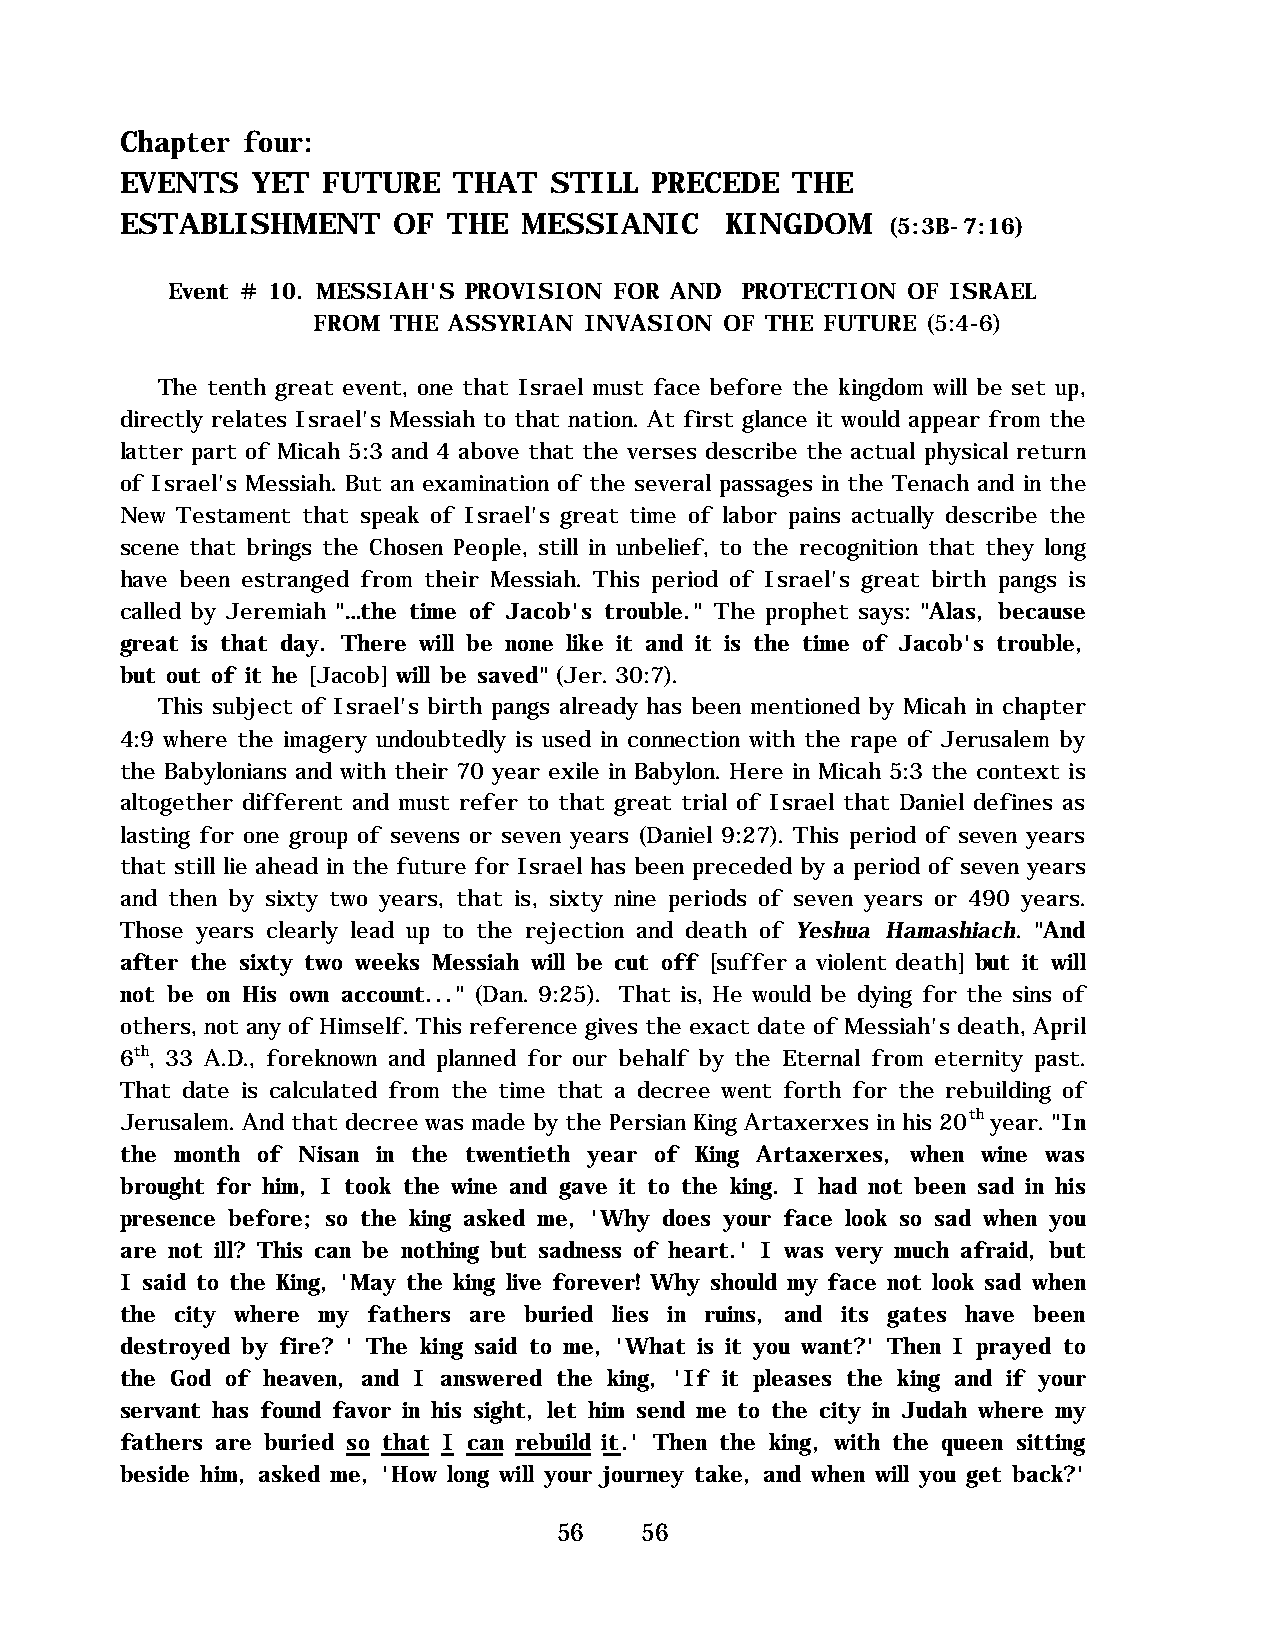
Chapter four:
 EVENTS   YET FUTURE   THAT  STILL  PRECEDE  THE
 ESTABLISHMENT     OF  THE MESSIANIC     KINGDOM    (5:3B-7:16)
 Event # 10. MESSIAH'S PROVISION FOR AND PROTECTION OF ISRAEL
 FROM THE ASSYRIAN INVASION OF THE FUTURE (5:4-6)
 The tenth great event, one that Israel must face before the kingdom will be set up,
 directly relates Israel's Messiah to that nation. At first glance it would appear from the
 latter part of Micah 5:3 and 4 above that the verses describe the actual physical return
 of Israel's Messiah. But an examination of the several passages in the Tenach and in the
 New Testament that speak of Israel's great time of labor pains actually describe the
 scene that brings the Chosen People, still in unbelief, to the recognition that they long
 have been estranged from their Messiah. This period of Israel's great birth pangs is
 called by Jeremiah "…the time of Jacob's trouble." The prophet says: "Alas, because
 great is that day. There will be none like it and it is the time of Jacob's trouble,
 but out of it he [Jacob] will be saved" (Jer. 30:7).
 This subject of Israel's birth pangs already has been mentioned by Micah in chapter
 4:9 where the imagery undoubtedly is used in connection with the rape of Jerusalem by
 the Babylonians and with their 70 year exile in Babylon. Here in Micah 5:3 the context is
 altogether different and must refer to that great trial of Israel that Daniel defines as
 lasting for one group of sevens or seven years (Daniel 9:27). This period of seven years
 that still lie ahead in the future for Israel has been preceded by a period of seven years
 and then by sixty two years, that is, sixty nine periods of seven years or 490 years.
 Those years clearly lead up to the rejection and death of Yeshua Hamashiach. "And
 after the sixty two weeks Messiah will be cut off [suffer a violent death] but it will
 not be on His own account..." (Dan. 9:25). That is, He would be dying for the sins of
 others, not any of Himself. This reference gives the exact date of Messiah's death, April
 6th, 33 A.D., foreknown and planned for our behalf by the Eternal from eternity past.
 That date is calculated from the time that a decree went forth for the rebuilding of
 Jerusalem. And that decree was made by the Persian King Artaxerxes in his 20th year. "In
 the month of Nisan in the twentieth year of King Artaxerxes, when wine was
 brought for him, I took the wine and gave it to the king. I had not been sad in his
 presence before; so the king asked me, 'Why does your face look so sad when you
 are not ill? This can be nothing but sadness of heart.' I was very much afraid, but
 I said to the King, 'May the king live forever! Why should my face not look sad when
 the city where my fathers are buried lies in ruins, and its gates have been
 destroyed by fire? ' The king said to me, 'What is it you want?' Then I prayed to
 the God of heaven, and I answered the king, 'If it pleases the king and if your
 servant has found favor in his sight, let him send me to the city in Judah where my
 fathers are buried so that I can rebuild it.' Then the king, with the queen sitting
 beside him, asked me, 'How long will your journey take, and when will you get back?'
 56   56